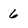
Character: 6